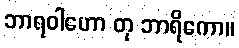
ဘာရဝါဟော တု ဘာရိကော။